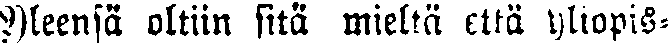
Yleensä oltiin sitä mieltä että yliopis-